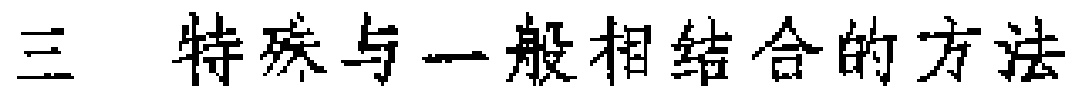
三 特殊与一般相结合的方法